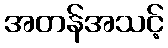
အတန်အသင့်